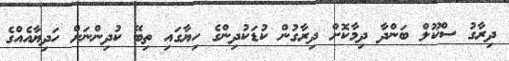
ދިރާގު ސްކޫލް ބަންދާ ދިމާކޮށް ދިރާގުން ކުޑަކުދިންގެ ހިޔާގައި ތިބޭ ކުދިންނަށް ހަދިޔާއެއްގެ